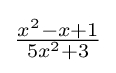
{\tfrac {x^{2}-x+1}{5x^{2}+3}}